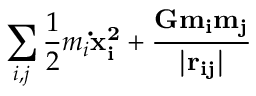
\sum _ { i , j } \frac { 1 } { 2 } m _ { i } \bf \dot { x } _ { i } ^ { 2 } + \frac { G m _ { i } m _ { j } } { | r _ { i j } | }